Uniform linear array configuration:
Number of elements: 48
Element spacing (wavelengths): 1
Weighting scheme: cosine
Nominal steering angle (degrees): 15
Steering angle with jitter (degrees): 16.8
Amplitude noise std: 0.05
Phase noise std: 0.05

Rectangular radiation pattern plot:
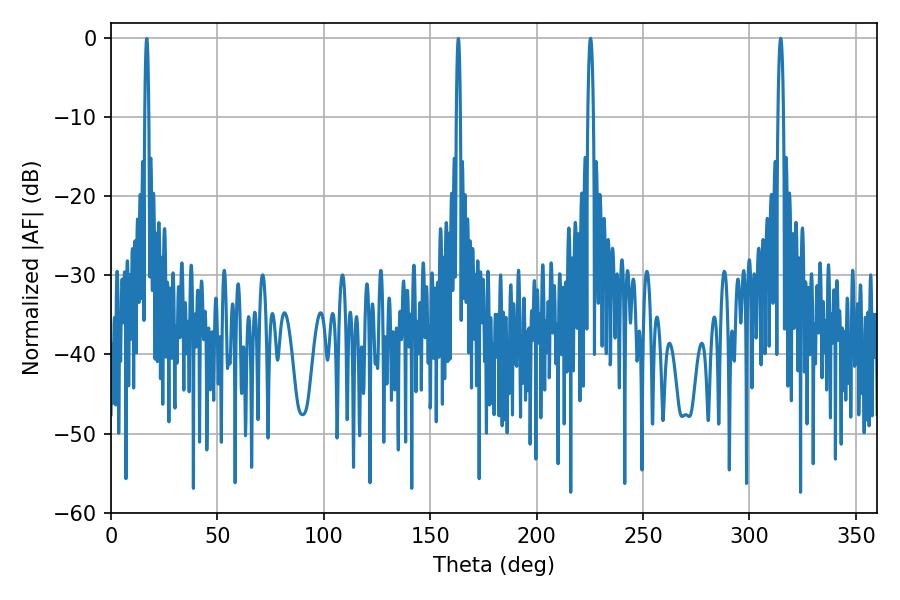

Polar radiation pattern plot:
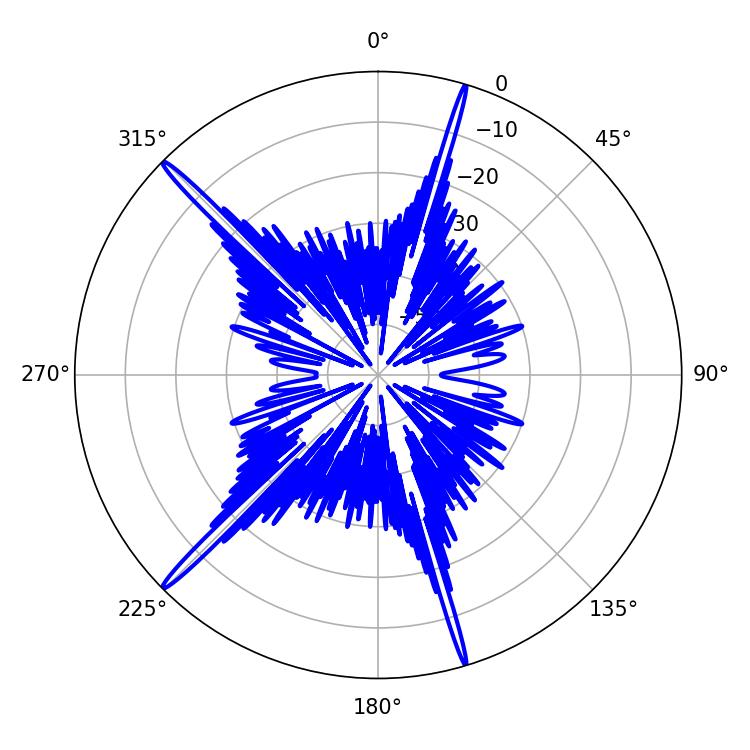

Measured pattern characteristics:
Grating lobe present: TRUE
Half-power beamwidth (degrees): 1.44
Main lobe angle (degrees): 225.36